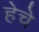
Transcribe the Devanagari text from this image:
हेचे